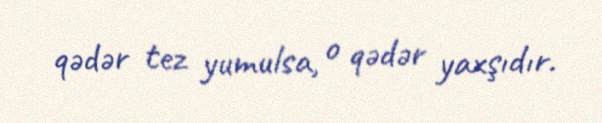
qədər tez yumulsa, o qədər yaxşıdır.